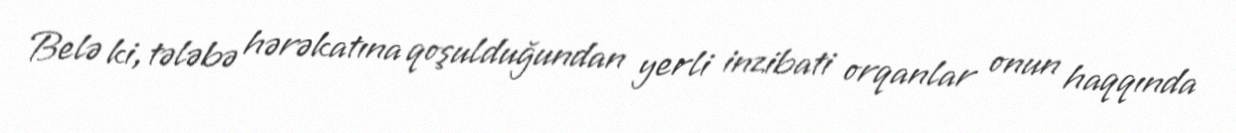
Belə ki, tələbə hərəkatına qoşulduğundan yerli inzibati orqanlar onun haqqında